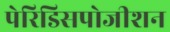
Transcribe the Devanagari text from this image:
पेरिडिसपोजीशन